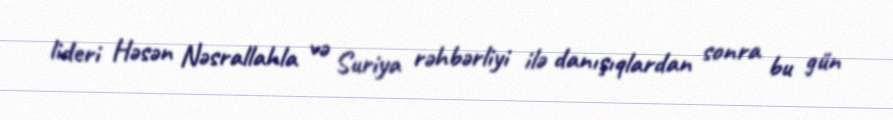
lideri Həsən Nəsrallahla və Suriya rəhbərliyi ilə danışıqlardan sonra bu gün